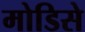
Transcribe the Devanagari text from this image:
मोडिसे